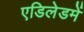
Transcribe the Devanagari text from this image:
एडिलेडमें